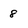
Character: 8